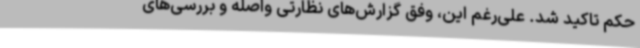
حکم تاکید شد. علی‌رغم این، وفق گزارش‌های نظارتی واصله و بررسی‌های